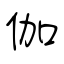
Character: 伽